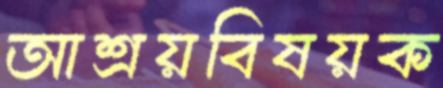
আশ্রয়বিষয়ক